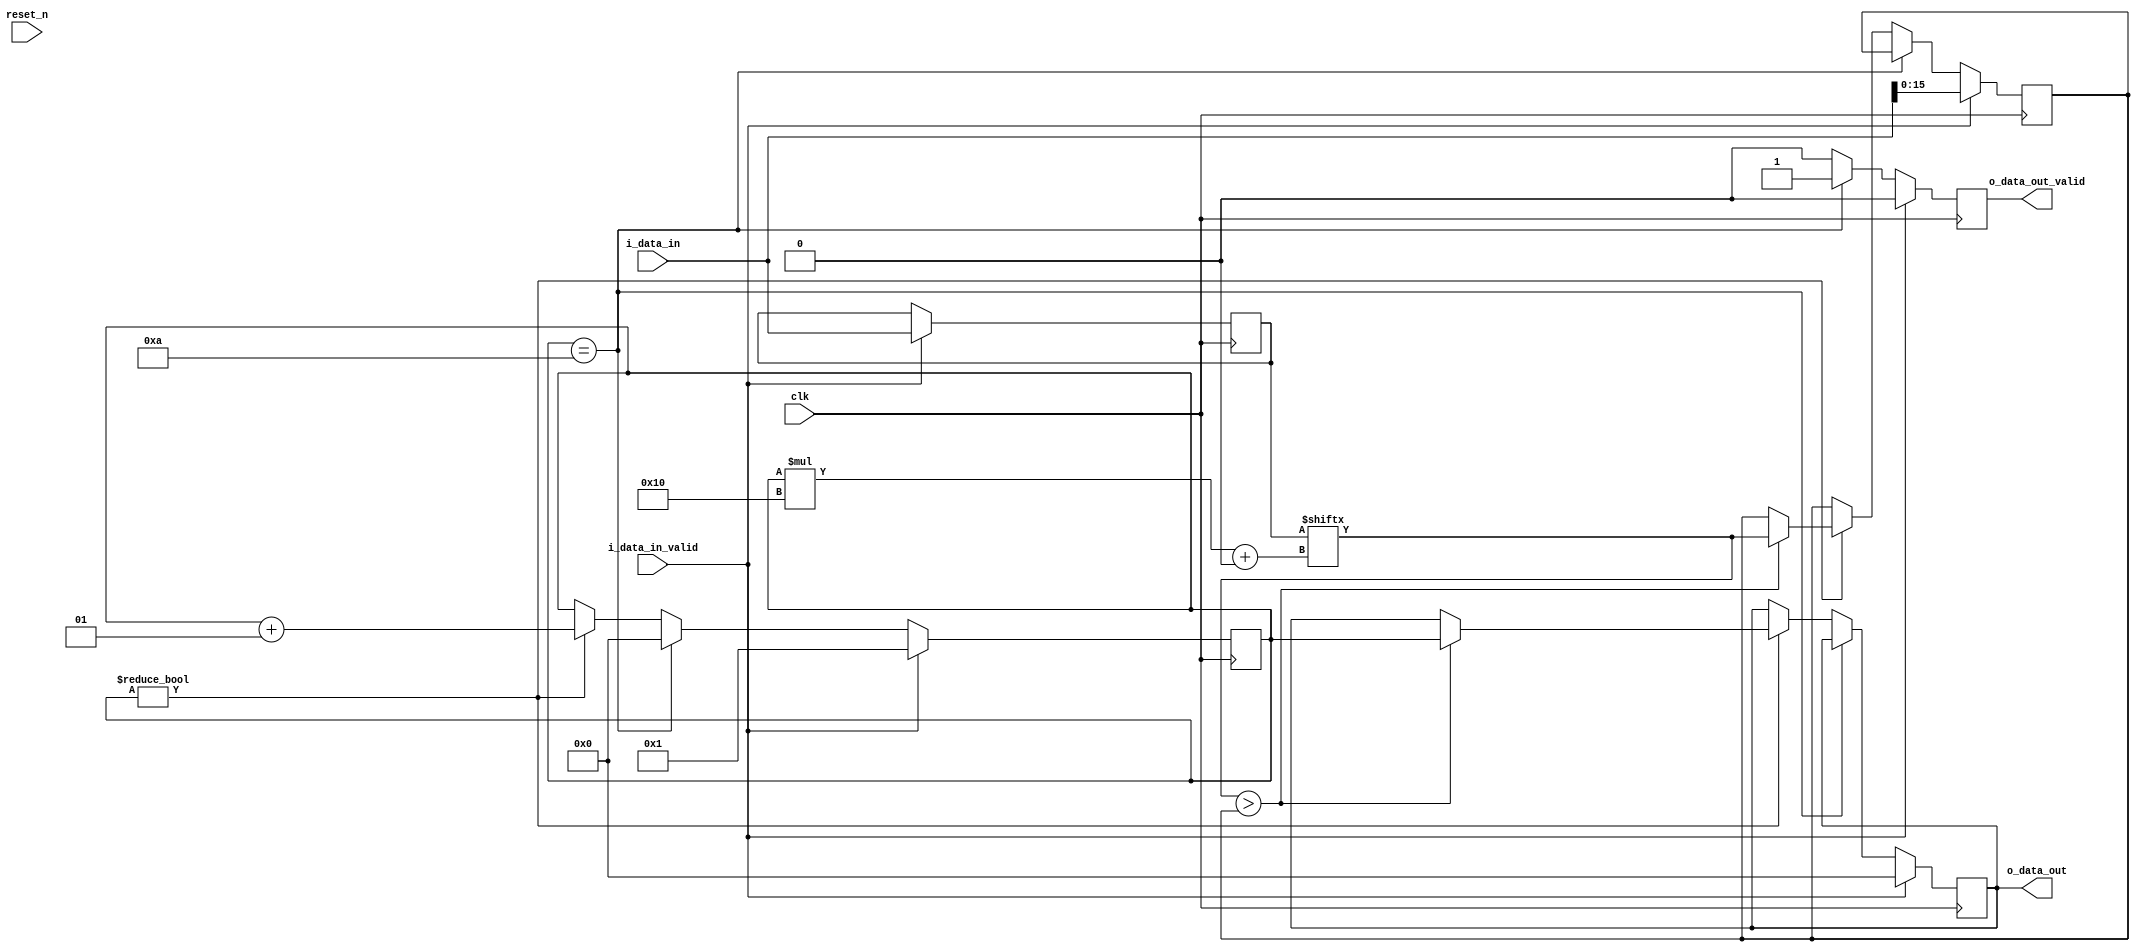
`timescale 1ns / 1ps
//////////////////////////////////////////////////////////////////////////////////
// Company: 
// Engineer: 
// 
// Create Date:
// Design Name: 
// Module Name: max_finder
// Project Name: 
// Target Devices: 
// Tool Versions: 
// Description: 
// 
// Dependencies: 
// 
// Revision:
// Revision 0.01 - File Created
// Additional Comments:
// 
//////////////////////////////////////////////////////////////////////////////////


module max_finder #(parameter INPUTS_NUM=10, parameter INPUT_WIDTH=16)(
    input clk,
    input reset_n,
    input [(INPUTS_NUM*INPUT_WIDTH)-1:0] i_data_in,
    input i_data_in_valid,
    output reg [31:0] o_data_out,
    output reg o_data_out_valid
    );
    reg [(INPUTS_NUM*INPUT_WIDTH)-1:0] data_buffer;
    reg [INPUT_WIDTH-1:0] max_value;
    integer counter;
    always @(posedge clk)
    begin
        o_data_out_valid <= 0;
        if(i_data_in_valid)
        begin
            max_value <= i_data_in[INPUT_WIDTH-1:0];
            counter <= 1;
            data_buffer<=i_data_in;
            o_data_out<=0;
        end
        else if(counter== INPUTS_NUM)
        begin
            counter<=0;
            o_data_out_valid <= 1;
        end
        else if(counter!=0)
        begin
            counter<=counter+1;
            if(data_buffer[(counter*INPUT_WIDTH)+:INPUT_WIDTH]>max_value)
            begin
                max_value<=data_buffer[(counter*INPUT_WIDTH)+:INPUT_WIDTH];
                o_data_out<=counter;
            end
        end
    end
endmodule